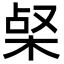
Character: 梷